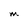
Character: M